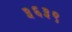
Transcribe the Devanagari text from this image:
३६३९